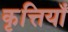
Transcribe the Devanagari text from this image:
कृत्तियाँ